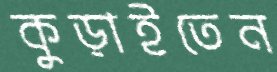
কুড়াইতেন